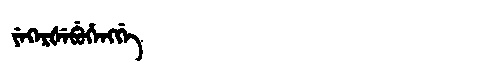
Manchu: ᠶᡝᡴᡝᡵᡧᡝᠪᡠᡥᡝᠩᡤᡝ
Romanization: YEKERŠEBUHENGGE